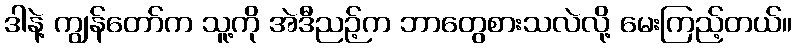
ဒါနဲ့ ကျွန်တော်က သူ့ကို အဲဒီညဉ့်က ဘာတွေစားသလဲလို့ မေးကြည့်တယ်။